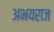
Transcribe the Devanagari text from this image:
अभयराज